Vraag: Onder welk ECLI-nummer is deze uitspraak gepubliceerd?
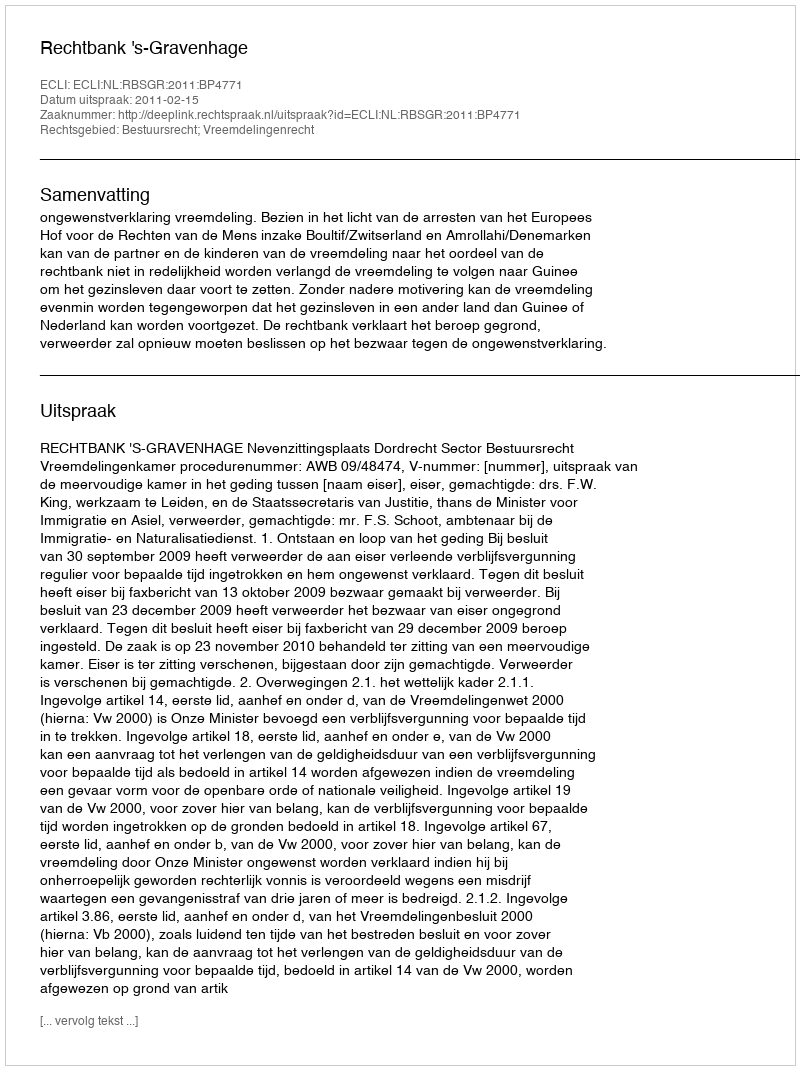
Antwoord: ECLI:NL:RBSGR:2011:BP4771